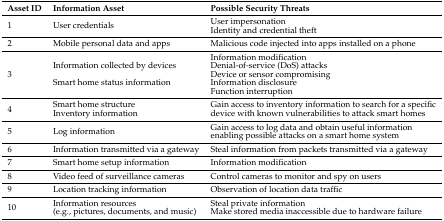
<table><thead><tr><td><b>Asset ID</b></td><td><b>Information Asset</b></td><td><b>Possible Security Threats</b></td></tr></thead><tbody><tr><td rowspan="2">1</td><td rowspan="2">User credentials</td><td>User impersonation</td></tr><tr><td>Identity and credential theft</td></tr><tr><td>2</td><td>Mobile personal data and apps</td><td>Malicious code injected into apps installed on a phone</td></tr><tr><td rowspan="5">3</td><td></td><td>Information modification</td></tr><tr><td>Information collected by devices</td><td>Denial-of-service (DoS) attacks</td></tr><tr><td></td><td>Device or sensor compromising</td></tr><tr><td>Smart home status information</td><td>Information disclosure</td></tr><tr><td></td><td>Function interruption</td></tr><tr><td rowspan="2">4</td><td>Smart home structure</td><td rowspan="2">Gain access to inventory information to search for a specific device with known vulnerabilities to attack smart homes</td></tr><tr><td>Inventory information</td></tr><tr><td>5</td><td>Log information</td><td>Gain access to log data and obtain useful information enabling possible attacks on a smart home system</td></tr><tr><td>6</td><td>Information transmitted via a gateway</td><td>Steal information from packets transmitted via a gateway</td></tr><tr><td>7</td><td>Smart home setup information</td><td>Information modification</td></tr><tr><td>8</td><td>Video feed of surveillance cameras</td><td>Control cameras to monitor and spy on users</td></tr><tr><td>9</td><td>Location tracking information</td><td>Observation of location data traffic</td></tr><tr><td rowspan="2">10</td><td rowspan="2">Information resources(e.g., pictures, documents, and music)</td><td>Steal private information</td></tr><tr><td>Make stored media inaccessible due to hardware failure</td></tr></tbody></table>